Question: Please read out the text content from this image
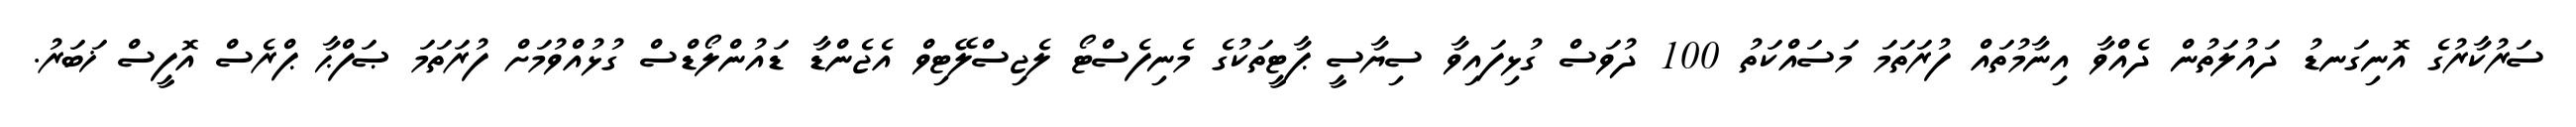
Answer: ސަރުކާރުގެ އޮނިގަނޑު ދައުލަތުން ދެއްވާ އިނާމުތައް ފުރަތަމަ މަސައްކަތު 100 ދުވަސް ގުޅިފައިވާ ސިޔާސީ ޕާޓީތަކުގެ މެނިފެސްޓޯ ލެޖިސްލޭޓިވް އެޖެންޑާ ޑައުންލޯޑްސް ގުޅުއްވުމަށް ފުރަތަމަ ޞަފްޙާ ޕްރެސް އޮފީސް ޚަބަރު.